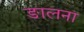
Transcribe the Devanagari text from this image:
ङालना